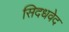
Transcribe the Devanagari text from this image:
सिदधवेद